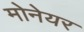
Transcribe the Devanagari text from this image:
मोनेयर